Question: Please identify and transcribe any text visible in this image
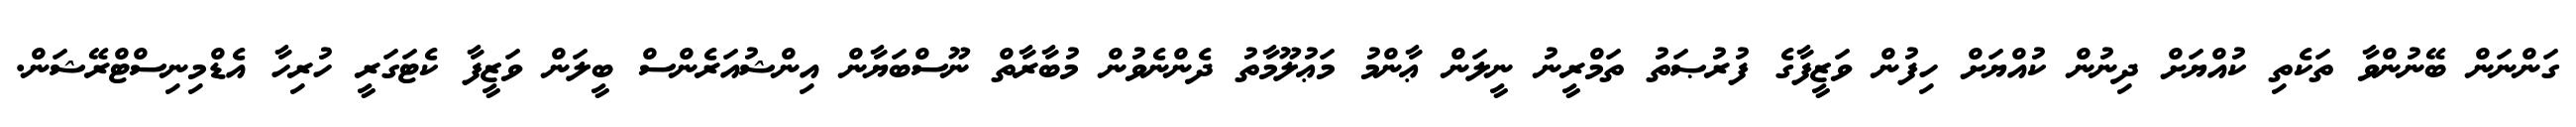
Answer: ގަންނަން ބޭނުންވާ ތަކެތި ކުއްޔަށް ދިނުން ކުއްޔަށް ހިފުން ވަޒީފާގެ ފުރުޞަތު ތަމްރީނު ނީލަން ޢާންމު މަޢުލޫމާތު ދެންނެވުން މުބާރާތް ނޫސްބަޔާން އިންޝުއަރެންސް ބީލަން ވަޒީފާ ކެޓަގަރީ ހުރިހާ އެޑްމިނިސްޓްރޭޝަން.